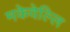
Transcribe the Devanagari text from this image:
मकेवेल्लि